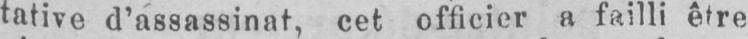
tative d’assassinat, cet officier a failli être